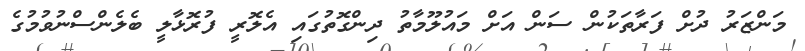
މަންޒަރު ދުށް ފަރާތަކުން ސަން އަށް މައުލޫމާތު ދިންގޮތުގައި އެލޮރީ ފުރޮޅާލީ ބެލެންސްނުވުމުގެ